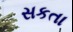
સકતા